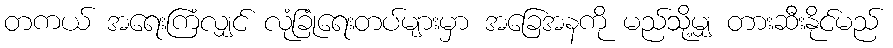
တကယ် အရေးကြံလျှင် လုံခြုံရေးတပ်များမှာ အခြေအနကို မည်သို့မျှ တားဆီးနိုင်မည်